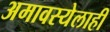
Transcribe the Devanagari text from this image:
अमावस्येलाही